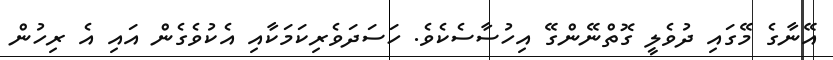
އޭނާގެ މޭގައި ދުވެލީ ގޮތްނޭންގޭ އިހުސާސެކެވެ. ހަސަދަވެރިކަމަކާއި އެކުވެގެން އައި އެ ރިހުން